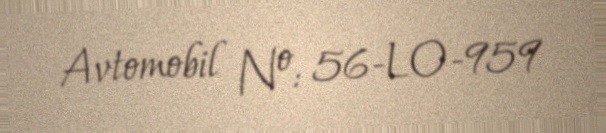
Avtomobil №: 56-LO-959